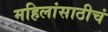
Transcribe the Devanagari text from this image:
महिलांसाठीचं